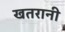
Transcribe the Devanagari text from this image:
खतरानी